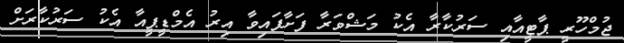
ޖުމްހޫރީ ޕާޓީއާއި ސަރުކާރާ އެކު މަޝްވަރާ ފަށާފައިވާ އިރު އެމްޑީޕީއާ އެކު ސަރުކާރަށް